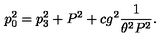
p _ { 0 } ^ { 2 } = p _ { 3 } ^ { 2 } + P ^ { 2 } + c g ^ { 2 } { \frac { 1 } { \theta ^ { 2 } P ^ { 2 } } } .